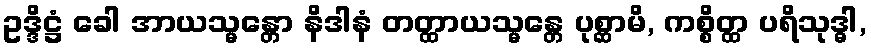
ဥဒ္ဒိဋ္ဌံ ခေါ အာယသ္မန္တော နိဒါနံ တတ္ထာယသ္မန္တေ ပုစ္ဆာမိ, ကစ္စိတ္ထ ပရိသုဒ္ဓါ,